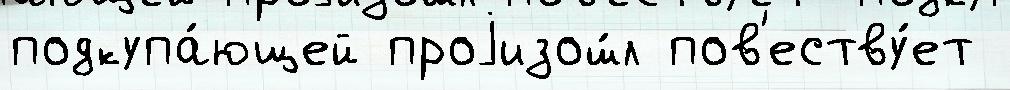
подкупа́ющей проjизош́л пов'еству́ет